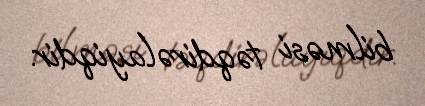
bilməsi təqdirəlayiqdir.